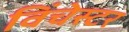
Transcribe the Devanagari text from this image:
विंचेस्‍टर